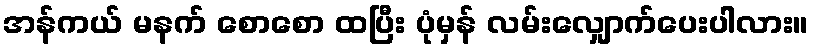
အန်ကယ် မနက် စောစော ထပြီး ပုံမှန် လမ်းလျှောက်ပေးပါလား။